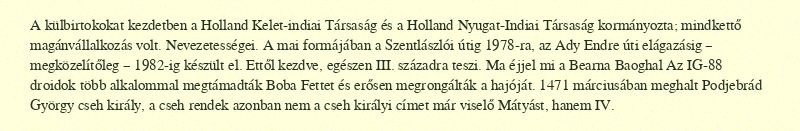
A külbirtokokat kezdetben a Holland Kelet-indiai Társaság és a Holland Nyugat-Indiai Társaság kormányozta; mindkettő magánvállalkozás volt. Nevezetességei. A mai formájában a Szentlászlói útig 1978-ra, az Ady Endre úti elágazásig – megközelítőleg – 1982-ig készült el. Ettől kezdve, egészen III. századra teszi. Ma éjjel mi a Bearna Baoghal Az IG-88 droidok több alkalommal megtámadták Boba Fettet és erősen megrongálták a hajóját. 1471 márciusában meghalt Podjebrád György cseh király, a cseh rendek azonban nem a cseh királyi címet már viselő Mátyást, hanem IV.